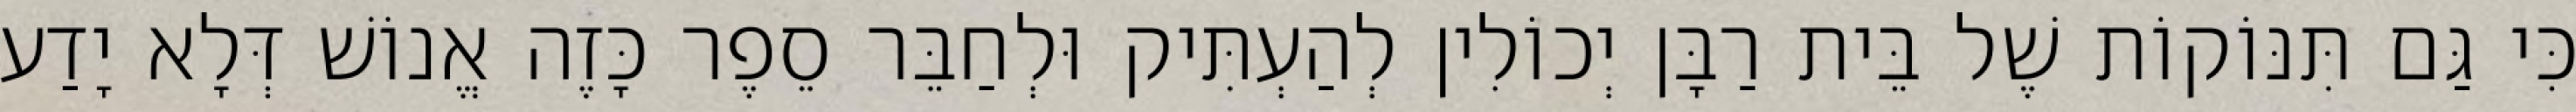
כִּי גַּם תִּנּוֹקוֹת שֶׁל בֵּית רַבָּן יְכוֹלִין לְהַעְתִּיק וּלְחַבֵּר סֵפֶר כָּזֶה אֱנוֹשׁ דְּלָא יָדַע